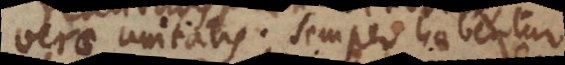
verae unitatis; semper habentur